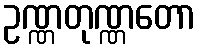
ဥဏ္ဏတုဏ္ဏတော